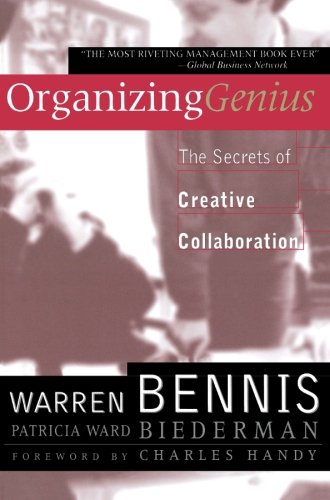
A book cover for Organizing Genius: The Secrets of Creative Collaboration; Warren Bennis; Medical Books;